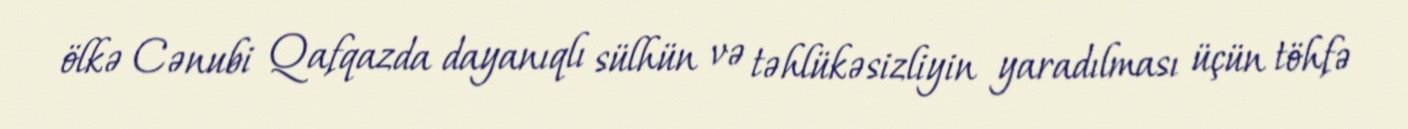
ölkə Cənubi Qafqazda dayanıqlı sülhün və təhlükəsizliyin yaradılması üçün töhfə